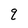
Character: q